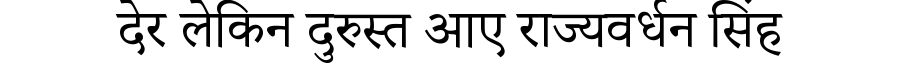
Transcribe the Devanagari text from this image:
देर लेकिन दुरुस्त आए राज्यवर्धन सिंह